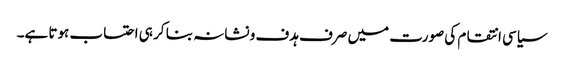
سیاسی انتقام کی صورت میں صرف ہدف و نشانہ بنا کر ہی احتساب ہوتا ہے۔